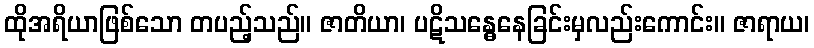
ထိုအရိယာဖြစ်သော တပည့်သည်။ ဇာတိယာ၊ ပဋိသန္ဓေနေခြင်းမှလည်းကောင်း။ ဇာရာယ၊